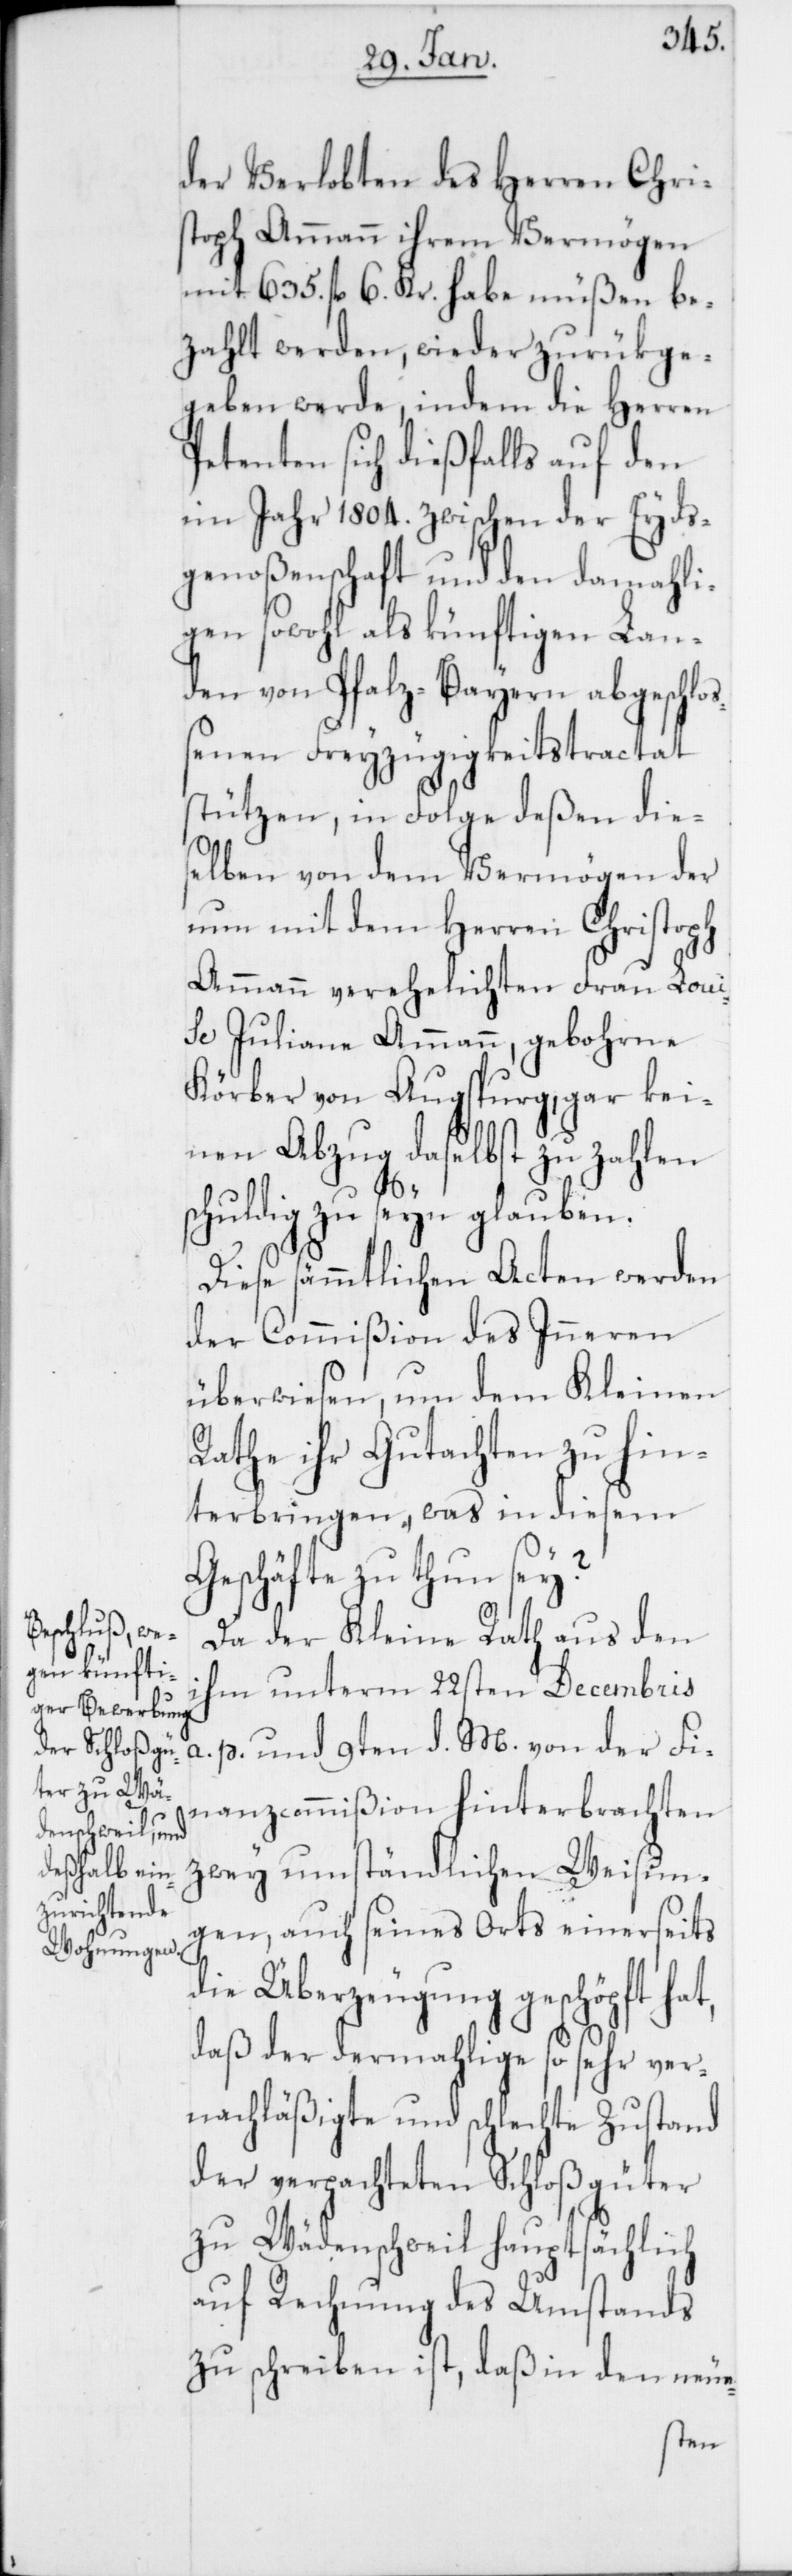
der Verlobten des Herren Chris¬
toph Ammann ihrem Vermögen
mit 635. fl. 6. Kr. habe müßen be¬
zahlt werden, wieder zurükge¬
geben werde, indem die Herren
Petenten sich dießfalls auf den
im Jahr 1804. zwischen der Eyds¬
genoßenschaft und den damahli¬
gen sowohl als künftigen Lan¬
den von Pfalz-Bayern abgeschloß¬
enen Freizügigkeitstractat
stützen, in Folge deßen die¬
selben von dem Vermögen der
nun mit dem Herren Christoph
Ammann verehelichten Frau Loui¬
se Juliana Ammann, gebohrne
Körber von Augsburg, gar kei¬
nen Abzug daselbst zu zahlen
huldig zu seyn glauben.
Diese sämmtlichen Acten werden
der Commißion des Inneren
überwiesen, um dem Kleinen
Rathe ihr Gutachten zu hin¬
terbringen, was in diesem
Geschäfte zu tun sey?
Da der Kleine Rath aus den
ihm unterm 22sten Decembris
a. p. und 9ten d. M. von der Fi¬
nanzcommißion hinterbrachten
zwey umständlichen Weisun¬
gen, auch seines Orts einerseits
die Überzeugung geschöpft hat,
daß der dermahlige so sehr ver¬
nachläßigte und schlechte Zustand
der verpachteten Schlossgüter
zu Wädenschweil hauptsächlich
auf Rechnung des Umstands
zu schreiben ist, daß in den neue-
sc¬